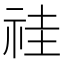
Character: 𥙞